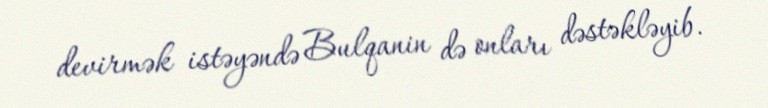
devirmək istəyəndə Bulqanin də onları dəstəkləyib.